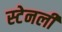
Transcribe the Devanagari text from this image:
स्‍टेनली